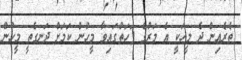
ތެރެއިން ދެ މީހަކީ އެ މަރުގެ ފަހަތުގައިވާ މީހުން ކަމަަށް ދަނގެތީ މީހުން